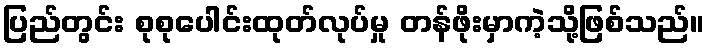
ပြည်တွင်း စုစုပေါင်းထုတ်လုပ်မှု တန်ဖိုးမှာကဲ့သို့ဖြစ်သည်။